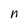
Character: n